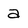
Character: a